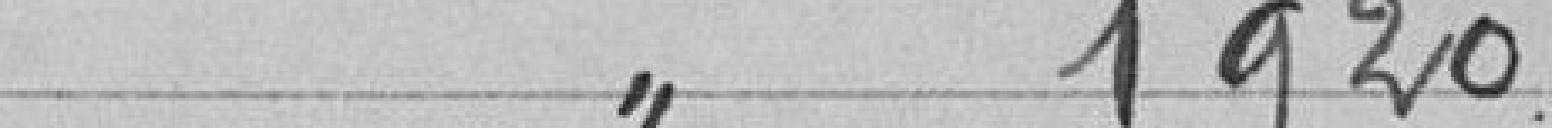
" 1920